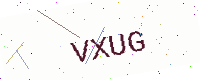
Text: VXUG